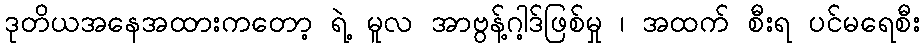
ဒုတိယအနေအထားကတော့ ရဲ့ မူလ အာဗွန့်ဂါ့ဒ်ဖြစ်မှု ၊ အထက် စီးရ ပင်မရေစီး